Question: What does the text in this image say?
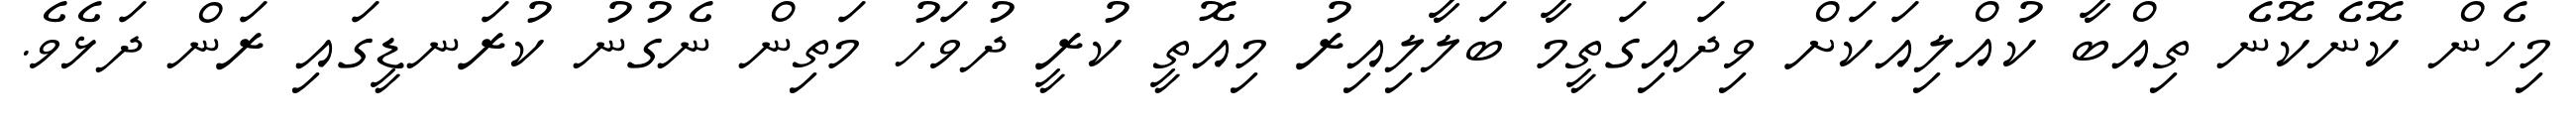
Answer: މިހެން ކޮނެކޮނެ ތިއްބާ ކުއްލިއަކަށް ވިދައިގަތީމާ ބަލާލިއިރު މިއޮތީ ކުރީ ދުވަހު މަތިން ނެގުނު ކުރަނޑީގައި ރަން ދަޅެވެ.